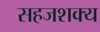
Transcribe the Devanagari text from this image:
सहजशक्‍य